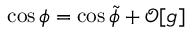
\cos \phi = \cos \tilde { \phi } + \mathcal { O } [ g ]